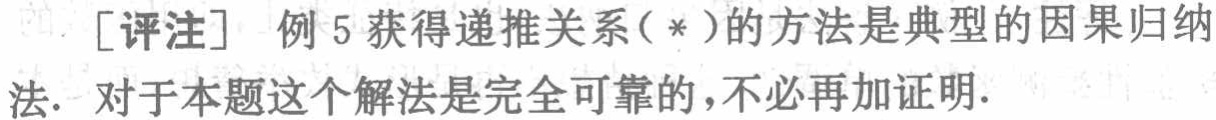
[评注] 例 5 获得递推关系（*）的方法是典型的因果归纳法. 对于本题这个解法是完全可靠的,不必再加证明.